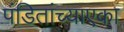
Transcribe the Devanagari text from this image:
पंडितांच्याएका